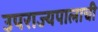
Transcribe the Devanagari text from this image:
उपराज्यपालाची